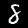
Digit: 8